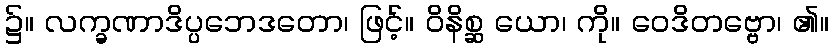
၌။ လက္ခဏာဒိပ္ပဘေဒတော၊ ဖြင့်။ ဝိနိစ္ဆ ယော၊ ကို။ ဝေဒိတဗ္ဗော၊ ၏။